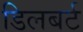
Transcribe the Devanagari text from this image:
डिलबर्ट